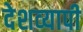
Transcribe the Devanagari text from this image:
देशव्‍यापी